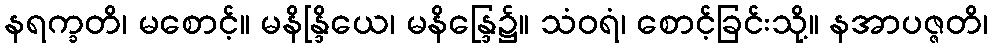
နရက္ခတိ၊ မစောင့်။ မနိန္ဒြိယေ၊ မနိန္ဒြေ၌။ သံဝရံ၊ စောင့်ခြင်းသို့။ နအာပဇ္ဇတိ၊